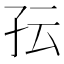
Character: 𰌟